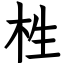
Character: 栍